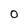
Character: 0